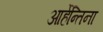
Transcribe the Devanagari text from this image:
आर्हेन्तिना